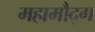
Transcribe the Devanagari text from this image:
महामौद्ग